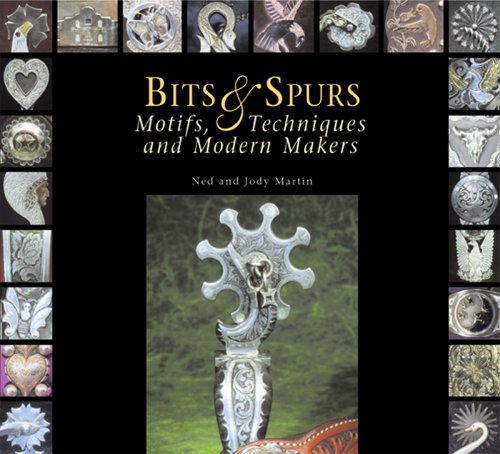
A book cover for Bits & Spurs: Motifs, Techniques and Modern Makers; Ned Martin; Humor & Entertainment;